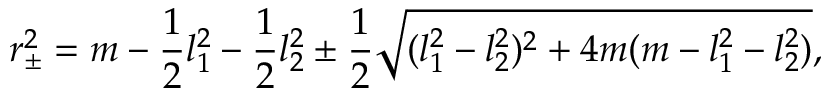
r _ { \pm } ^ { 2 } = m - { \frac { 1 } { 2 } } l _ { 1 } ^ { 2 } - { \frac { 1 } { 2 } } l _ { 2 } ^ { 2 } \pm { \frac { 1 } { 2 } } \sqrt { ( l _ { 1 } ^ { 2 } - l _ { 2 } ^ { 2 } ) ^ { 2 } + 4 m ( m - l _ { 1 } ^ { 2 } - l _ { 2 } ^ { 2 } ) } ,